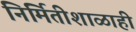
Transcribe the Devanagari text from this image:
निर्मितीशाळाही